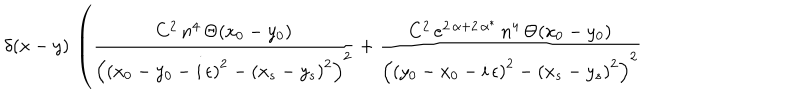
\delta ( x - y ) \, \left( \frac { C ^ { 2 } \, n ^ { 4 } \, \Theta ( x _ { 0 } - y _ { 0 } ) } { \left( \left( x _ { 0 } - y _ { 0 } - i \, \epsilon \right) ^ { 2 } - \left( x _ { s } - y _ { s } \right) ^ { 2 } \right) ^ { 2 } } + \frac { C ^ { 2 } \, e ^ { 2 \, \alpha + 2 \, \alpha ^ { * } } \, n ^ { 4 } \, \Theta ( x _ { 0 } - y _ { 0 } ) } { \left( \left( y _ { 0 } - x _ { 0 } - i \, \epsilon \right) ^ { 2 } - \left( x _ { s } - y _ { s } \right) ^ { 2 } \right) ^ { 2 } } \right.